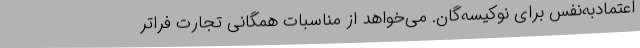
اعتماد‌به‌نفس برای نوکیسه‌گان. می‌خواهد از مناسبات همگانی تجارت فراتر